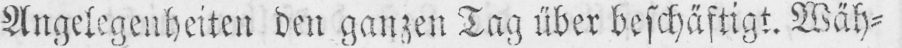
Angelegenheiten den ganzen Tag über beschäftigt. Wäh⸗